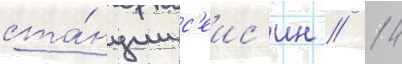
ста́нции с'еис'ин // 14